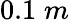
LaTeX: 0.1\; m